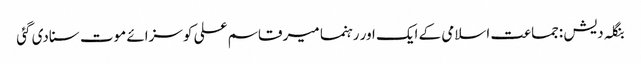
بنگلہ دیش :جماعت اسلامی کے ایک اور رہنما میر قاسم علی کو سزائے موت سنادی گئی